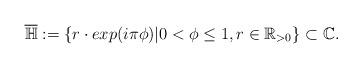
LaTeX: \begin{align*}\overline{\mathbb{H}}:=\left\{r\cdot exp(i\pi\phi)| 0<\phi\leq 1,r\in\mathbb{R}_{>0}\right\}\subset\mathbb{C}.\end{align*}